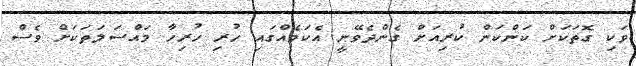
ވަކި ގޮތަކަށް ކަންކަން ކުރިއަށް ގެންދެވޭނީ އެކަމެއްގައި ހުރި ހުރިހާ މައްސަލަތަކަށް ވެސް